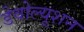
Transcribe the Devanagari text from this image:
डेवोल्यूशन